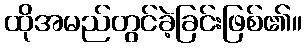
ထိုအမည်တွင်ခဲ့ခြင်းဖြစ်၏။